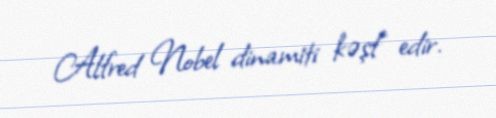
Alfred Nobel dinamiti kəşf edir.